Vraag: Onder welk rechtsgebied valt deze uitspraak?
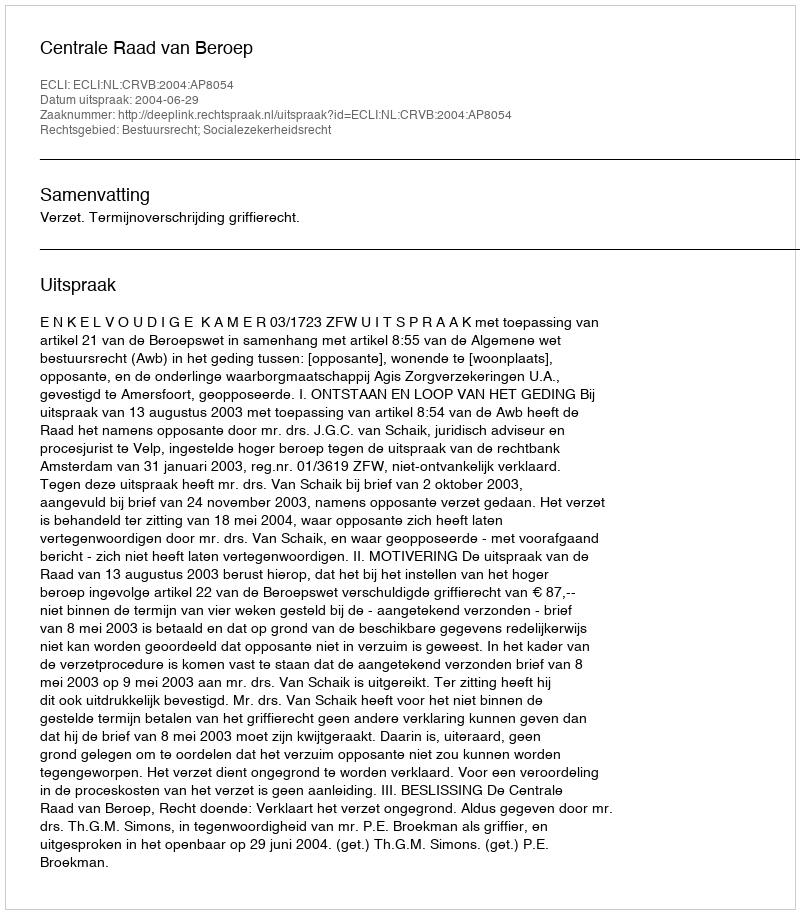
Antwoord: Bestuursrecht; Socialezekerheidsrecht